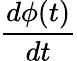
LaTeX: \frac{d\phi(t)}{dt}